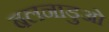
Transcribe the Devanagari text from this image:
बलनाडुओं